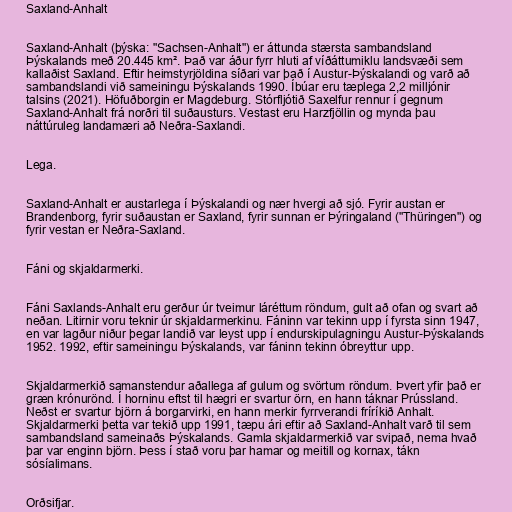
Saxland-Anhalt

Saxland-Anhalt (þýska: "Sachsen-Anhalt") er áttunda stærsta sambandsland
Þýskalands með 20.445 km². Það var áður fyrr hluti af víðáttumiklu landsvæði sem
kallaðist Saxland. Eftir heimstyrjöldina síðari var það í Austur-Þýskalandi og varð að
sambandslandi við sameiningu Þýskalands 1990. Íbúar eru tæplega 2,2 milljónir
talsins (2021). Höfuðborgin er Magdeburg. Stórfljótið Saxelfur rennur í gegnum
Saxland-Anhalt frá norðri til suðausturs. Vestast eru Harzfjöllin og mynda þau
náttúruleg landamæri að Neðra-Saxlandi.

Lega.

Saxland-Anhalt er austarlega í Þýskalandi og nær hvergi að sjó. Fyrir austan er
Brandenborg, fyrir suðaustan er Saxland, fyrir sunnan er Þýringaland ("Thüringen") og
fyrir vestan er Neðra-Saxland.

Fáni og skjaldarmerki.

Fáni Saxlands-Anhalt eru gerður úr tveimur láréttum röndum, gult að ofan og svart að
neðan. Litirnir voru teknir úr skjaldarmerkinu. Fáninn var tekinn upp í fyrsta sinn 1947,
en var lagður niður þegar landið var leyst upp í endurskipulagningu Austur-Þýskalands
1952. 1992, eftir sameiningu Þýskalands, var fáninn tekinn óbreyttur upp.

Skjaldarmerkið samanstendur aðallega af gulum og svörtum röndum. Þvert yfir það er
græn krónurönd. Í horninu eftst til hægri er svartur örn, en hann táknar Prússland.
Neðst er svartur björn á borgarvirki, en hann merkir fyrrverandi fríríkið Anhalt.
Skjaldarmerki þetta var tekið upp 1991, tæpu ári eftir að Saxland-Anhalt varð til sem
sambandsland sameinaðs Þýskalands. Gamla skjaldarmerkið var svipað, nema hvað
þar var enginn björn. Þess í stað voru þar hamar og meitill og kornax, tákn
sósíalimans.

Orðsifjar.